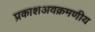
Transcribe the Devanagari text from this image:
प्रकाशअवक्रमणीय